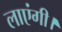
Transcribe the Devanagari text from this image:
लाएंगी।